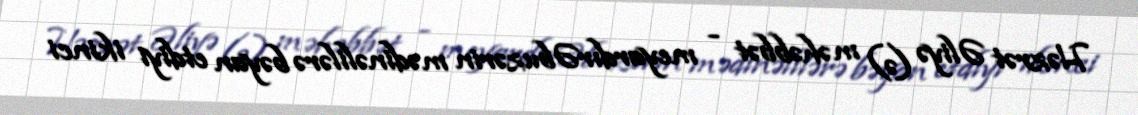
Həzrət Əliyə (ə) məhəbbət - meyardırƏbuzərin mədinəlilərə bəyan etdiyi ikinci